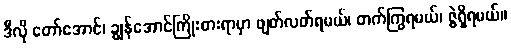
ဒီလို တော်အောင်၊ ချွန်အောင်ကြိုးစားရာမှာ ဖျတ်လတ်ရမယ်၊ တက်ကြွရမယ်၊ ဇွဲရှိရမယ်။